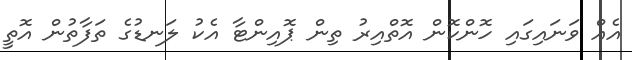
އެއް ވަނައިގައި ހޮންކޮން އޮތްއިރު ތިން ޕޮއިންޓާ އެކު ލަނޑުގެ ތަފާތުން އޮތީ